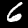
Digit: 6